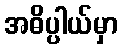
အဓိပ္ပါယ်မှာ